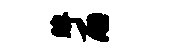
眸雨